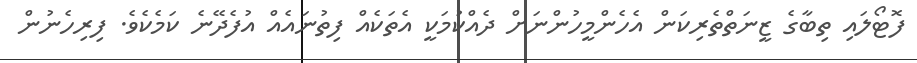
ފޮޓޯލައި ތިބާގެ ޒީނަތްތެރިކަން އެހެންމީހުންނަށް ދެއްކުމަކީ އެތަކެއް ފިތުނައެއް އުފެދޭނެ ކަމެކެވެ. ފިރިހެނުން